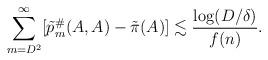
LaTeX: \begin{align*} \sum_{m = D^2}^{\infty} [\tilde p^\#_m(A, A) - \tilde \pi(A)] \lesssim \frac{\log (D/\delta)}{f(n)}. \end{align*}